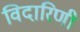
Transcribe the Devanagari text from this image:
विदारिणी